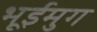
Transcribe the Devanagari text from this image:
भूईमुग